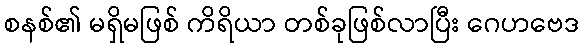
စနစ်၏ မရှိမဖြစ် ကိရိယာ တစ်ခုဖြစ်လာပြီး ဂေဟဗေဒ